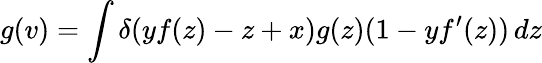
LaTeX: g(v)=\int\delta(yf(z)-z+x)g(z)(1-yf^{\prime}(z))\, dz